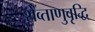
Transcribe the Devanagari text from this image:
शेव्ताणुवृद्धि